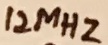
Text: 12MHz